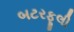
બટરફૂલી